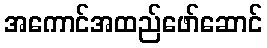
အကောင်အထည်ဖော်ဆောင်